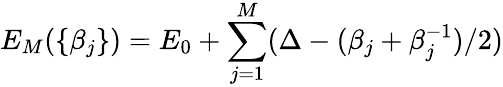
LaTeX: E_{M}(\{ \beta_{j}\} )=E_{0}+\sum_{j=1}^{M}(\Delta-(\beta_{j}+\beta_{j}^{-1})/2)